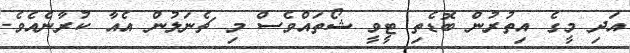
އަދި މީގެ އިތުރުން ބޮޑެތި ޓީވީ ޝޯތައްވެސް މި ޗެނަލުން އެއާ ކުރާނެއެވެ.